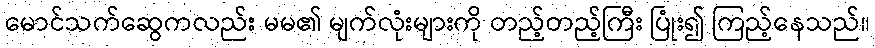
မောင်သက်ဆွေကလည်း မမ၏ မျက်လုံးများကို တည့်တည့်ကြီး ပြုံး၍ ကြည့်နေသည်။